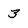
Character: 3